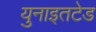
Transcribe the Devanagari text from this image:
युनाइतटेड